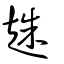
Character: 趎